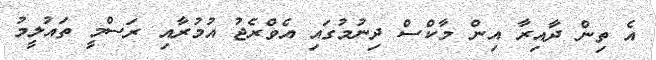
އެ ތިން ދާއިރާ އިން މާކްސް ދިނުމުގައި އެވްރެޖު އުމުރާއި ރަސްމީ ތައުލީމު